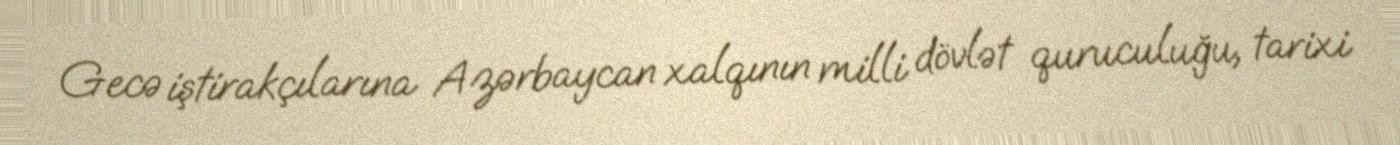
Gecə iştirakçılarına Azərbaycan xalqının milli dövlət quruculuğu, tarixi